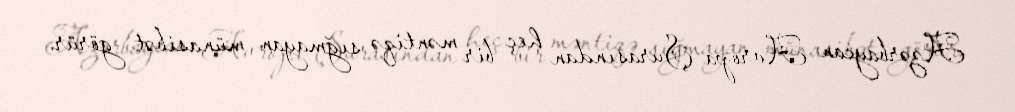
Azərbaycan Avropa Şurasından heç bir məntiqə sığmayan münasibət görür.